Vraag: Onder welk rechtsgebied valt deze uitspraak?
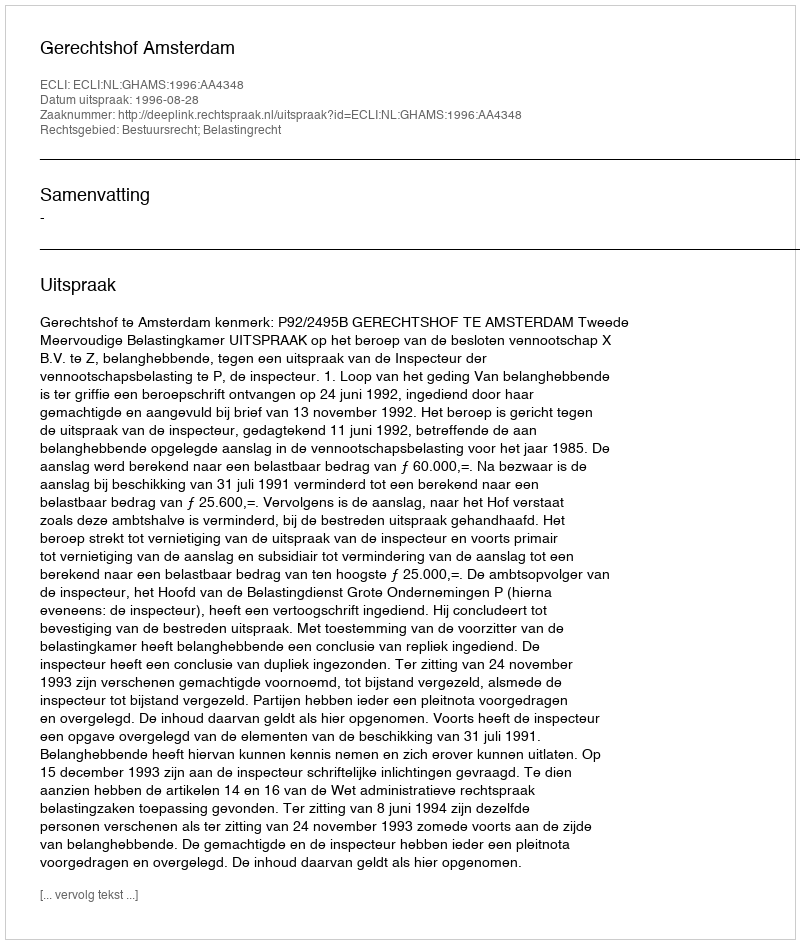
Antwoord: Bestuursrecht; Belastingrecht